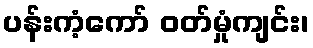
ပန်းကံ့ကော် ဝတ်မှုံကျင်း၊